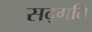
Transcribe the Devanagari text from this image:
सद्‍गति